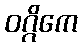
ဝဂ္ဂိကေ